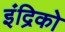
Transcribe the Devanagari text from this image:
इंद्रिको